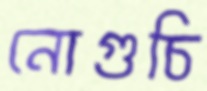
নোগুচি